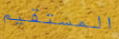
المستقيم